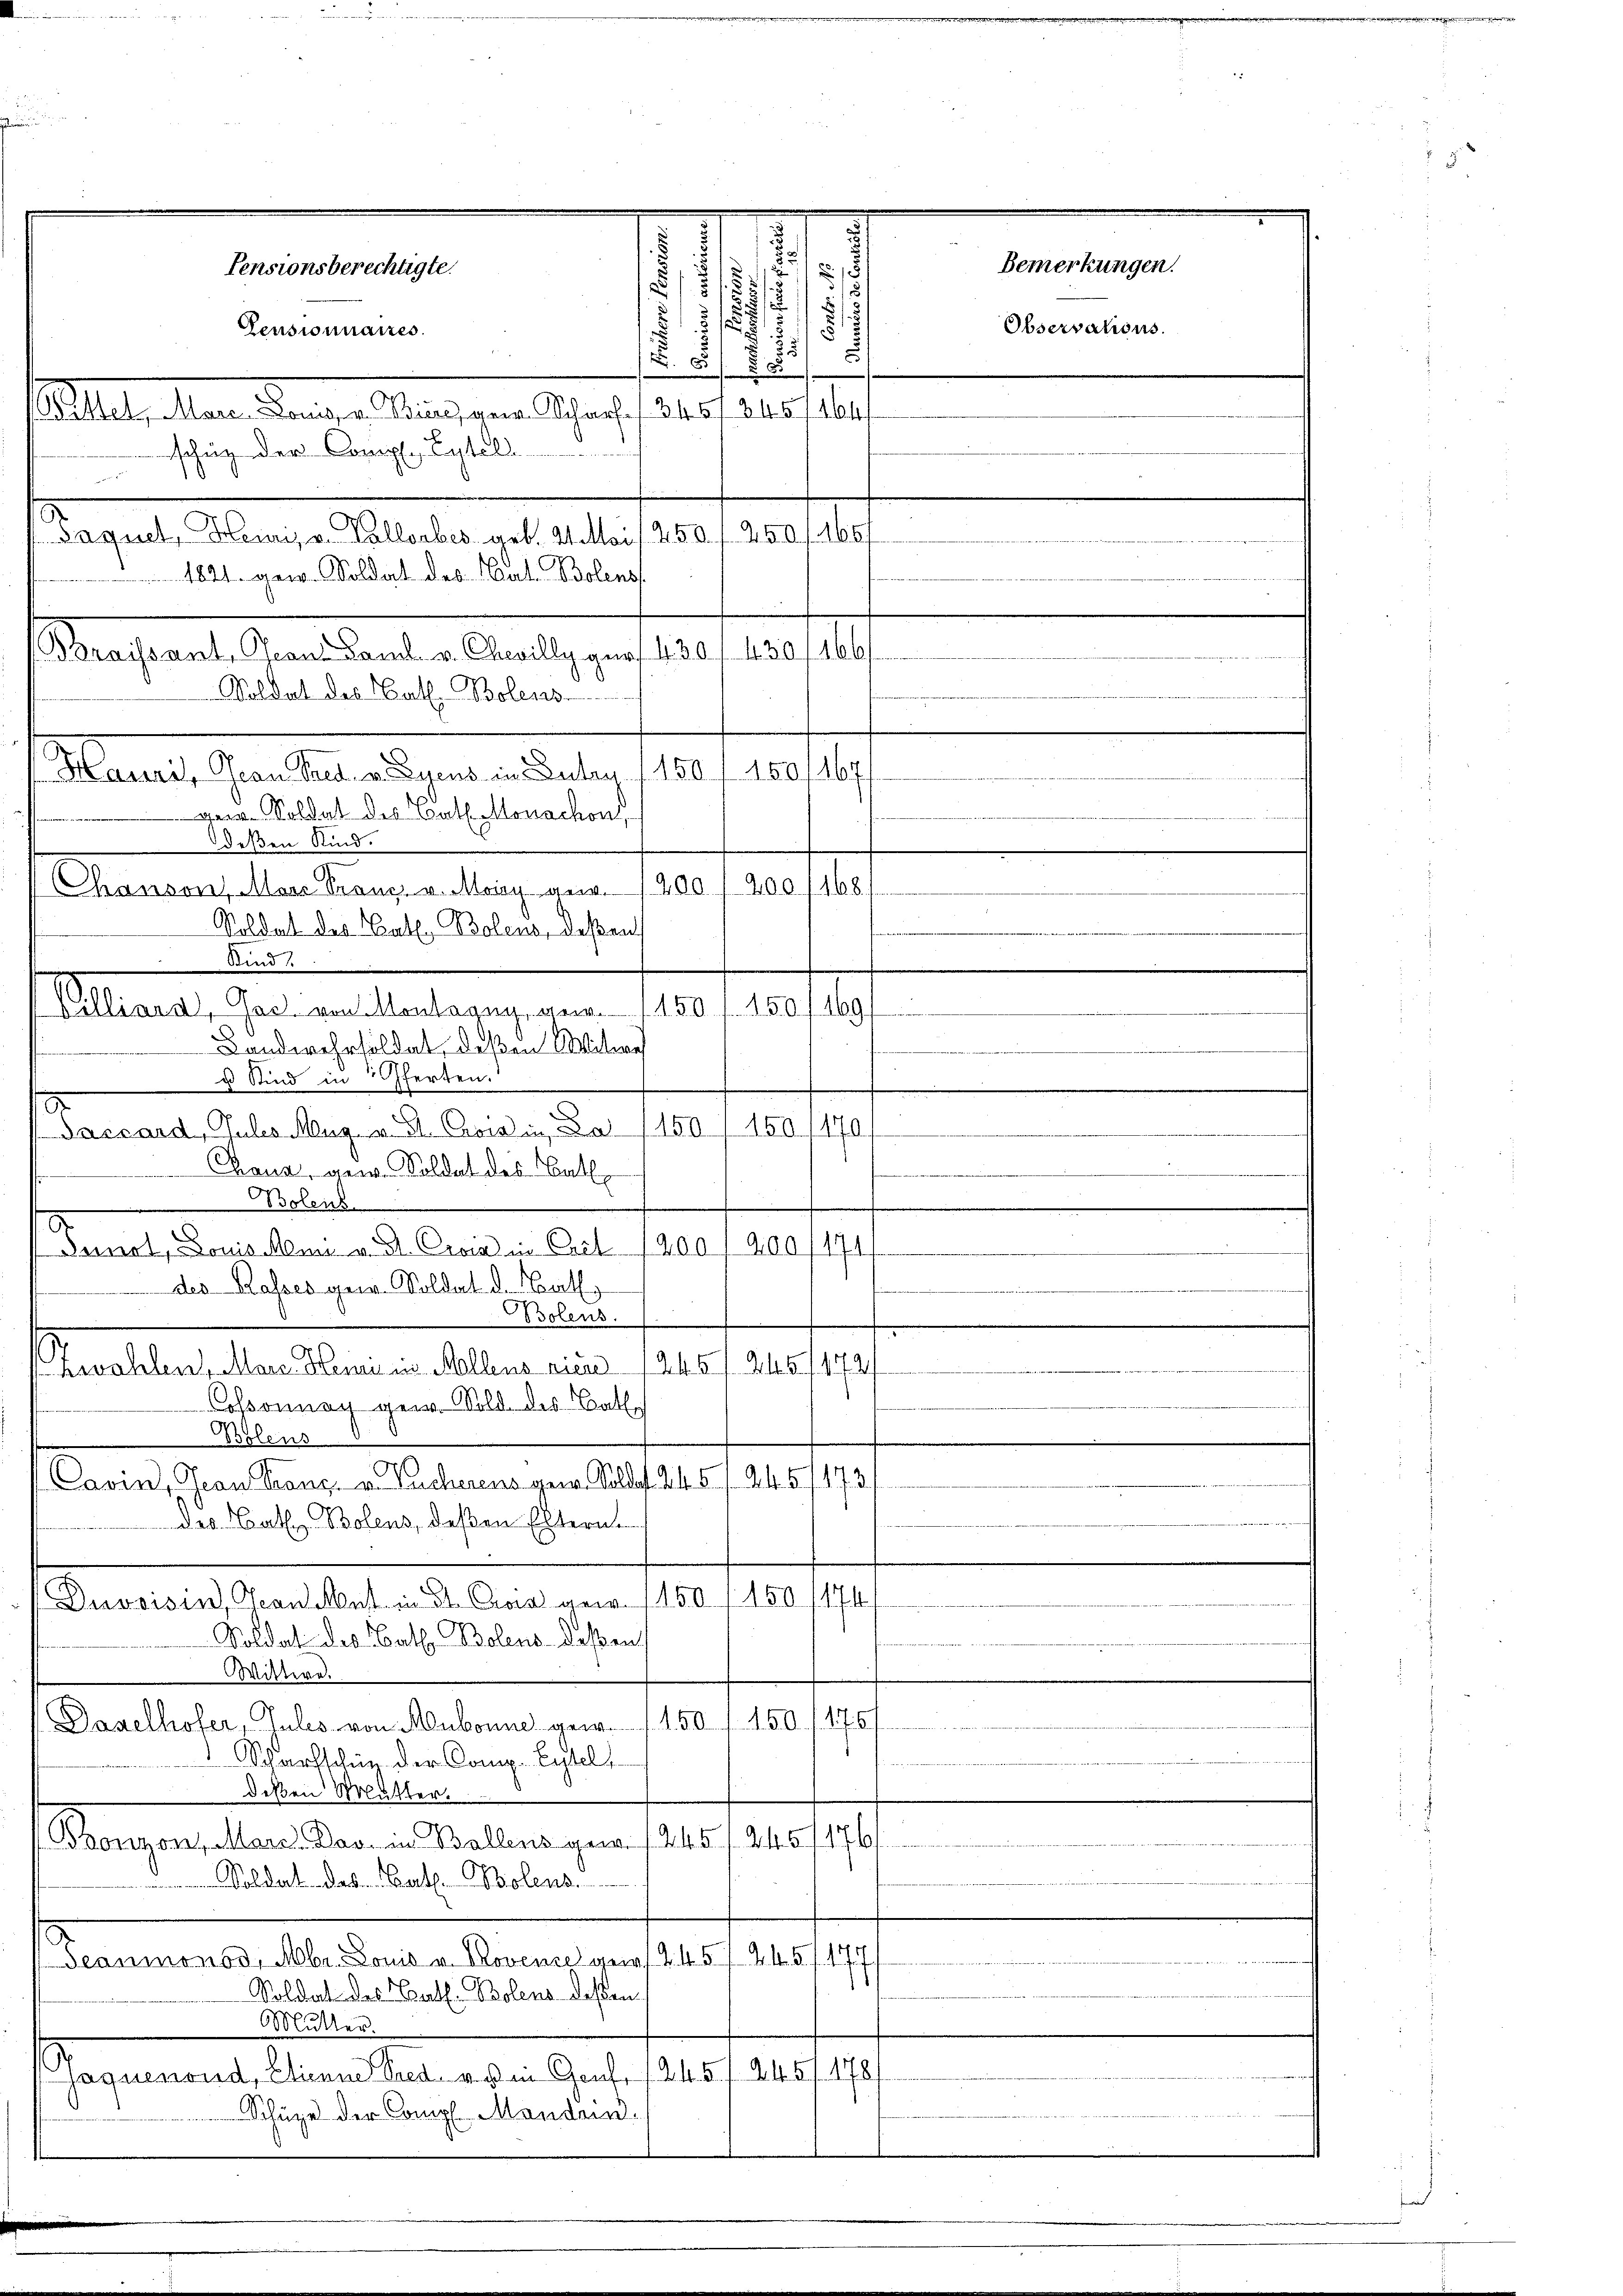
.

de

f
Pensionnaires.
u
1821. gew. Soldat des Nat. Bolens
Braissant, Jean Caml. v. Chevilly gur 430 f. 430.
 Soldat des Kath. Bolens-
ger Soldat des Bat. Monachon,
deßen Kind.
Chanson, Mare Franz v. May an. 1200 f 200/168
Soldat des Kath. Bolens, deßen
Sind
Beleinen, das von Montagen, aur. (150 f 150/169/
s
Landwehrsoldat, deßen Mittes
u Kind in ferten.
E
Paccard, Puls Mur- u. 31. Crossin, Da 1150 / 1501170,
Chaus, an. Soldat des Bat

Bolens
C

Innot, Louis Man v. d. Crois in Cret 1900 f 400
des Rasses gew. Soldat d. Null
.
solens.

Zwahlen, Mara Henne un Mallens vicar /245 f. 245 f 12
Cossonnach gew. Sold des Batte
Bolens
A
Cavin, Geon Franz. v. sucherens gen. Soldat Tit. 5 f 24. 5473.

der Bath. Bolens, deßen Eltern
1
Duvoisin, Gran et in St. Cras gew. 1150 f 150
Soldat des Bath. Bolens deßen
Wittern.
Daselhofer, Gutes von Mubonne gew. 1150 150 f 175
e
Scharfschung der Comp. Eitels
deßen Mutter.
245 f 176
Bronzon, Marc. Das in Ballens gew. 245
Soldat das Bat. Polens.
.
Deaumonod, Mbr. Louis v. Novence gews. Z. 457. 245
177
Soldat des Kath. Bolens deßen
.
Mutter.
178/
Jaquenond, Etienne Pres. v. a. in Graf, 1245 f. 245
Schuze der Comp. Mandern

Pensionsberechtigte.

Blatt den angen Klagen Genf 130. 1. 210. 1
schug der Compl. Lutel
Paquel, Heinris v. Vallorbes geb. 21. Mai 250. f. 250 f 466

Marerer Frau Pred. v. Syens in Daten 1150 f 150, 167

.
1
1 x
.
.
1
s
5
N 588

166

Bemerkungen.

Observations.